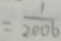
= \frac { 1 } { 2 0 0 6 }